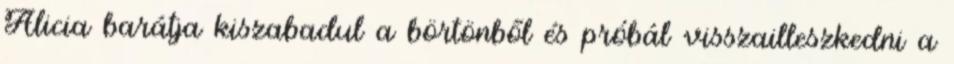
Alicia barátja kiszabadul a börtönből és próbál visszailleszkedni a